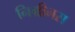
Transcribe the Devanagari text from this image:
निग्रीनस